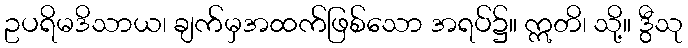
ဥပရိမဒိသာယ၊ ချက်မှအထက်ဖြစ်သော အရပ်၌။ ဣတိ၊ သို့။ ဒွီသု